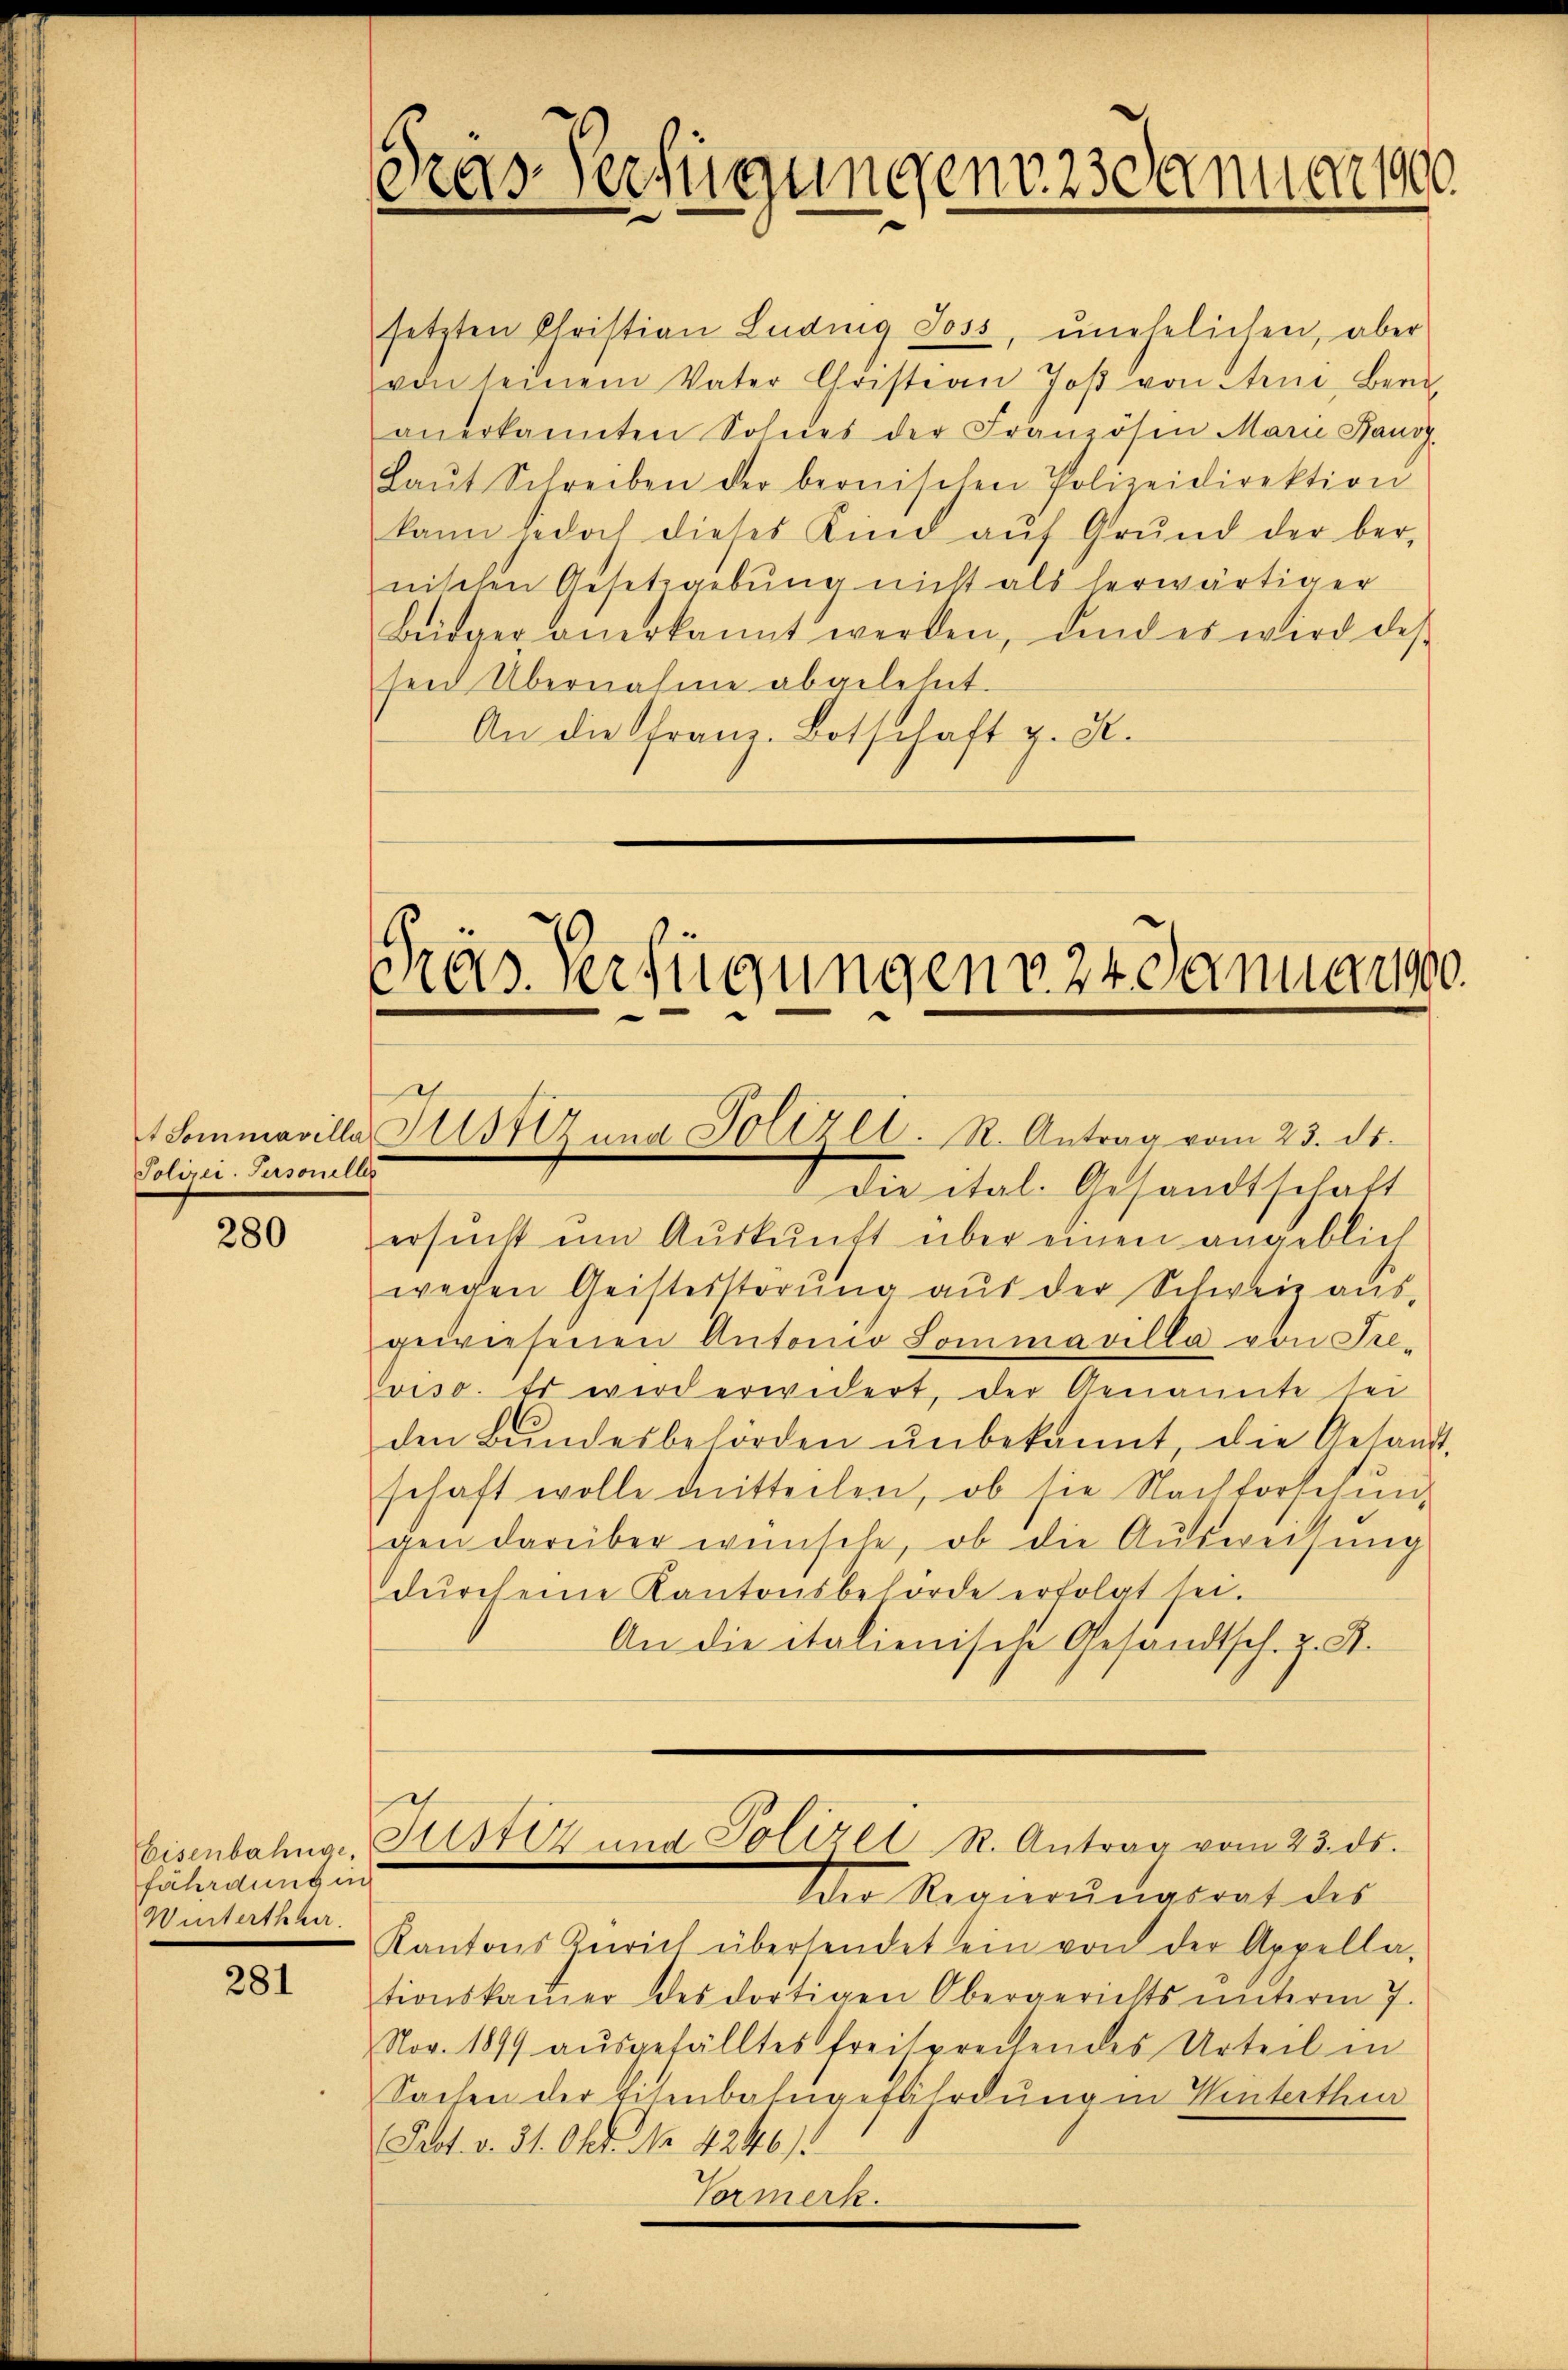
Polizei Personelles

280

fährdung in
Winterthher.

281

setzten Christian Luding Joss, unehelichen, aber
von seinem Vater Christian Joβ von Aene, Bern
anerkannten Sohnes der Französin Marie Bano
Laŭt Schreiben der bernischen Polizeidirektion
kann jedoch dieses Kind aŭf Grŭnd der ber
nischen Gesetzgebung nicht als herwärtiger
Bürger anerkannt werden, und es wird des
sen Übernahme abgelehnt.
An die Franz-Botschaft z. K.

Gras Verfügungen 23 Januar 190

.
rets. Verfügungen v. 24 Januar 190.
e
e
t Sommavilla Allst Anna Polizet. R. Antrag vom 23. ds.
die ital. Gesandtschaft

ersucht um Auskunft über einen angeblich
wegen Geisterstörŭng aŭs der Schweiz aŭs-
gewiesenen Antonio Lommavilla von Pre-
viso. Es wird erwidert, der Genannte sei
den Bŭndesbehörden ŭnbekannt, die Gesandt-
schaft wolle dritteilen, ob sie Nachforschŭng
gen darüber wünsche, ob die Aŭsweisung
dŭrch eine Kantonsbehörde erfolgt sei.
An die italienische Gesandtsch. Z. S.

Kantons Zürich übersendet ein von der Appella-
tionskaṁer des dortigen Obergerichts ŭnterm 7.
Nov. 1899 aŭsgefälltes freisprechendes Urteil in
Sachen der Eisenbahngefährdung in Winterthur
Fot. v. 31. Okt. No. 4246/
Vormerk.

Eisenbahnge, Sistiz und Polizei R. Antrag vom 23. ds.
Der Regierŭngsrat des